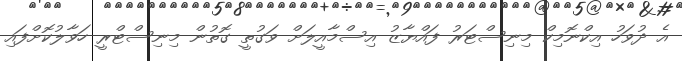
އެ ދުވަހު އިކްނޮމިކް މިނިސްޓަރު ފައްޔާޒު އިސްމާއީލަށް ވަގުތީ ގޮތުން މިނިސްޓްރީ ހަވާލުކޮށްފައި